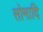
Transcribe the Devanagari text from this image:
सोमादि